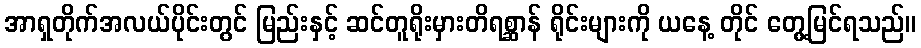
အာရှတိုက်အလယ်ပိုင်းတွင် မြည်းနှင့် ဆင်တူရိုးမှားတိရစ္ဆာန် ရိုင်းများကို ယနေ့ တိုင် တွေ့မြင်ရသည်။